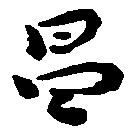
昌